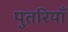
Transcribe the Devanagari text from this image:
पुतरियाँ